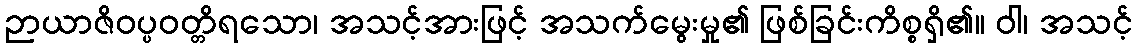
ဉာယာဇိဝပ္ပဝတ္တိရသော၊ အသင့်အားဖြင့် အသက်မွေးမှု၏ ဖြစ်ခြင်းကိစ္စရှိ၏။ ဝါ၊ အသင့်